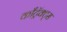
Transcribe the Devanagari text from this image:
काँट्रॅक्ट्स